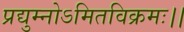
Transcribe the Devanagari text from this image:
प्रद्युम्नोऽमितविक्रमः।।